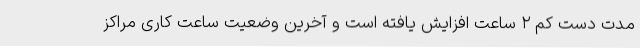
مدت دست کم ۲ ساعت افزایش یافته است و آخرین وضعیت ساعت کاری مراکز